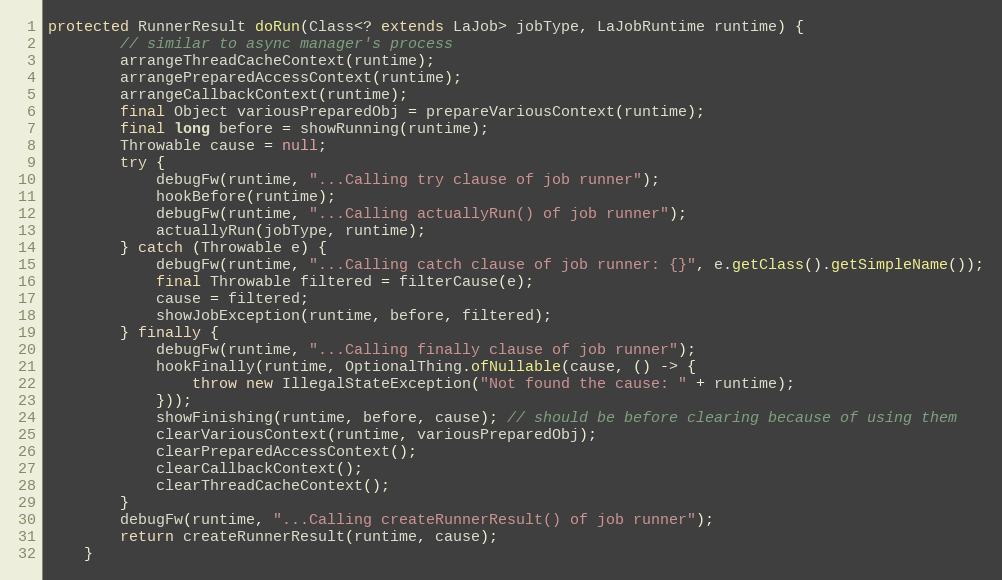
Language: Java
protected RunnerResult doRun(Class<? extends LaJob> jobType, LaJobRuntime runtime) {
        // similar to async manager's process
        arrangeThreadCacheContext(runtime);
        arrangePreparedAccessContext(runtime);
        arrangeCallbackContext(runtime);
        final Object variousPreparedObj = prepareVariousContext(runtime);
        final long before = showRunning(runtime);
        Throwable cause = null;
        try {
            debugFw(runtime, "...Calling try clause of job runner");
            hookBefore(runtime);
            debugFw(runtime, "...Calling actuallyRun() of job runner");
            actuallyRun(jobType, runtime);
        } catch (Throwable e) {
            debugFw(runtime, "...Calling catch clause of job runner: {}", e.getClass().getSimpleName());
            final Throwable filtered = filterCause(e);
            cause = filtered;
            showJobException(runtime, before, filtered);
        } finally {
            debugFw(runtime, "...Calling finally clause of job runner");
            hookFinally(runtime, OptionalThing.ofNullable(cause, () -> {
                throw new IllegalStateException("Not found the cause: " + runtime);
            }));
            showFinishing(runtime, before, cause); // should be before clearing because of using them
            clearVariousContext(runtime, variousPreparedObj);
            clearPreparedAccessContext();
            clearCallbackContext();
            clearThreadCacheContext();
        }
        debugFw(runtime, "...Calling createRunnerResult() of job runner");
        return createRunnerResult(runtime, cause);
    }